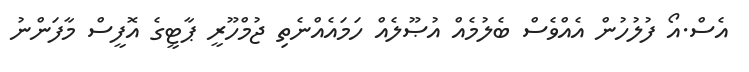
އެސް.އޯ ފުލުހުން އެއްވެސް ބެލުމެއް އުޞޫލެއް ހަމައެއްނެތި ޖުމްހޫރީ ޕާޓީގެ އޮފީސް މާފަންނު